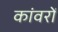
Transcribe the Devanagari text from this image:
कांवरों